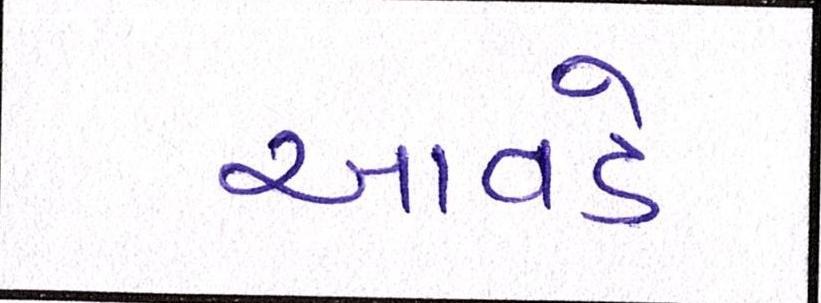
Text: આવડે